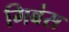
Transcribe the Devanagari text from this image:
गिबंस